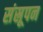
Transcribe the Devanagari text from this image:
संस्रूपन